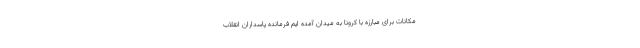
مکانات برای مبارزه با کرونا به میدان آمده ایم فرمانده پاسداران انقلاب